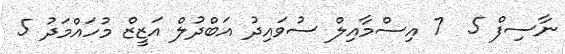
ނާސިފް 5  7 އިސްމާއިލް ސުވައިދު އަބްދުލް އަޒީޒް މުހައްމަދު 5